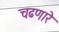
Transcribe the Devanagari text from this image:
चढणारे